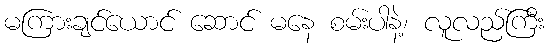
မကြားချင်ယောင် ဆောင် မနေ စမ်းပါနဲ့၊ လူလည်ကြီး